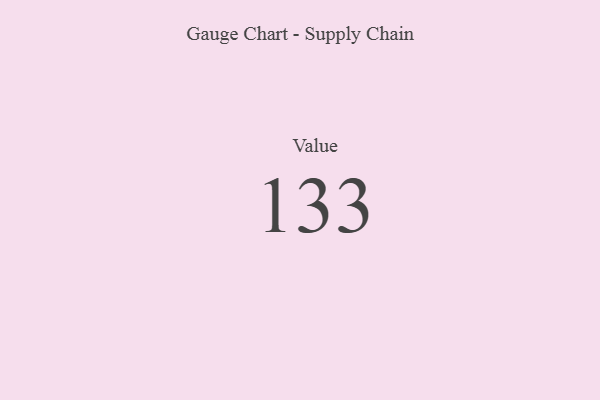
{"axis": {"x": "Metric", "y": "Value"}, "legend": [""], "data": [{"x": "Value", "y": 133, "type": ""}]}